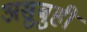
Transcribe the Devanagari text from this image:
असुबुही